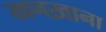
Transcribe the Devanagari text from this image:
खनख़ाना